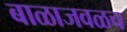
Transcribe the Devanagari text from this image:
बाळाजवळच